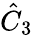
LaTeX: {\hat{C}}_{3}